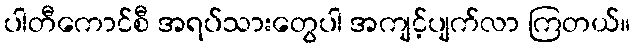
ပါတီကောင်စီ အရပ်သားတွေပါ အကျင့်ပျက်လာ ကြတယ်။